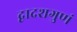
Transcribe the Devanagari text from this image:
द्वादशगुणं